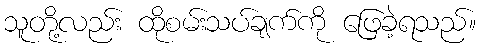
သူတို့လည်း ထိုစမ်းသပ်ချက်ကို ဖြေခဲ့ရသည်။